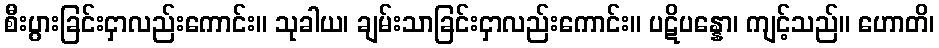
စီးပွားခြင်းငှာလည်းကောင်း။ သုခါယ၊ ချမ်းသာခြင်းငှာလည်းကောင်း။ ပဋိပန္နော၊ ကျင့်သည်။ ဟောတိ၊